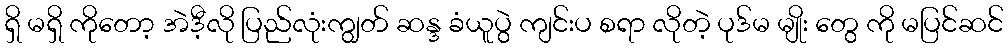
ရှိ မရှိ ကိုတော့ အဲဒီ့လို ပြည်လုံးကျွတ် ဆန္ဒ ခံယူပွဲ ကျင်းပ စရာ လိုတဲ့ ပုဒ်မ မျိုး တွေ ကို မပြင်ဆင်